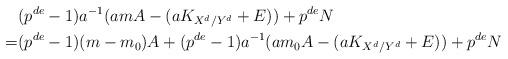
LaTeX: \begin{align*}&(p^{de}-1)a^{-1}(amA-(aK_{X^{d}/Y^{d}}+E))+p^{de}N \\=&(p^{de}-1)(m-m_0)A+(p^{de}-1)a^{-1}(am_0A-(aK_{X^{d}/Y^{d}}+E))+p^{de}N \end{align*}